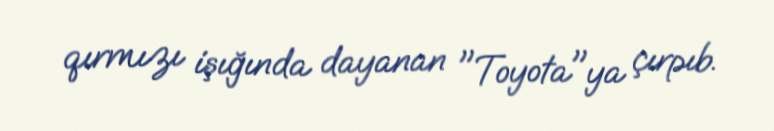
qırmızı işığında dayanan "Toyota"ya çırpıb.